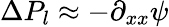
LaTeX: \Delta P_{l}\approx-\partial_{xx}\psi